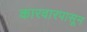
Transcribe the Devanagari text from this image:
कारवारपासून